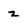
Character: Z